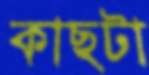
কাছটা